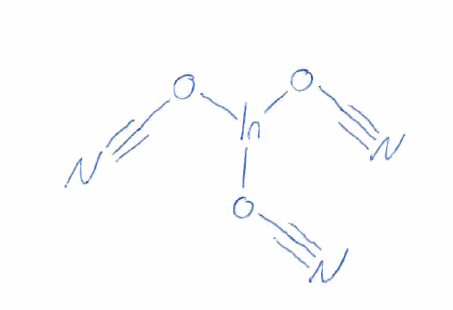
Simplified molecular-input line-entry system (SMILES) notation of the given molecule:
C(#N)O[In](OC#N)OC#N